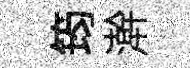
筠澣